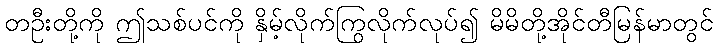
တဦးတို့ကို ဤသစ်ပင်ကို နှိမ့်လိုက်ကြွလိုက်လုပ်၍ မိမိတို့အိုင်တီမြန်မာတွင်